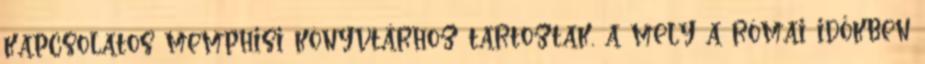
kapcsolatos memphisi könyvtárhoz tartoztak, a mely a római időkben